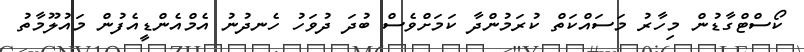
ކޯސްޓްގާޑުން މިހާރު މަސައްކަތް ކުރަމުންދާ ކަމަށްވެސް ބުދަ ދުވަހު ހެނދުނު އެމްއެންޑީއެފުން މައުލޫމާތު